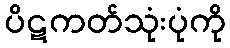
ပိဋကတ်သုံးပုံကို